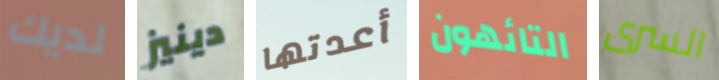
لديك دينيز أعدتها التائهون السرى